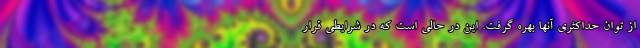
از توان حداکثری آنها بهره گرفت. این در حالی است که در شرایطی قرار